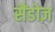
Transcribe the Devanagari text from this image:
सैंडोज़